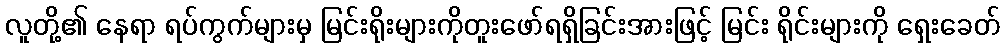
လူတို့၏ နေရာ ရပ်ကွက်များမှ မြင်းရိုးများကိုတူးဖော်ရရှိခြင်းအားဖြင့် မြင်း ရိုင်းများကို ရှေးခေတ်